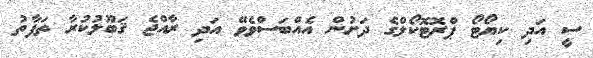
ސީ އަދި ކިޔޯޓޯ ޕްރޮޓޮކޯލްގެ ދަށުން އެއްބަސްވެވޭ އަދި ރާއްޖެ ޤަބޫލުކުރާ ތަފާތު